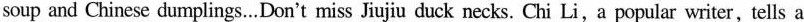
soup and Chinese dumplings.…Don't miss Jiujiu duck necks. Chi Li,a popular writer,tells a